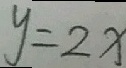
y = 2 x